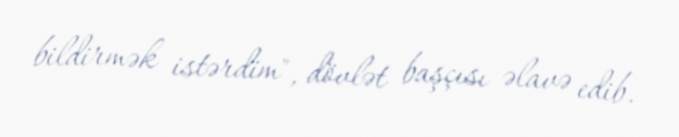
bildirmək istərdim", dövlət başçısı əlavə edib.